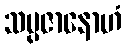
သမ္ပဇာနောဟံ